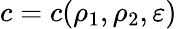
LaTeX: c=c(\rho_{1},\rho_{2},\varepsilon)